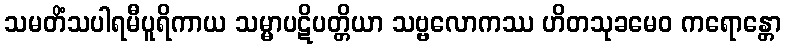
သမတိံသပါရမီပူရိကာယ သမ္မာပဋိပတ္တိယာ သဗ္ဗလောကဿ ဟိတသုခမေဝ ကရောန္တော